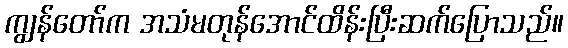
ကျွန်တော်က အသံမတုန်အောင်ထိန်းပြီးဆက်ပြောသည်။